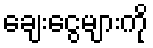
ချေးငွေများကို